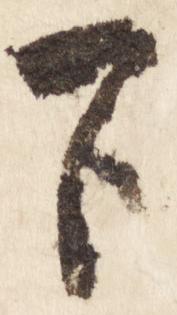
下